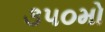
૩૫૦મો